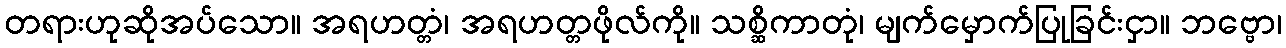
တရားဟုဆိုအပ်သော။ အရဟတ္တံ၊ အရဟတ္တဖိုလ်ကို။ သစ္ဆိကာတုံ၊ မျက်မှောက်ပြုခြင်းငှာ။ ဘဗ္ဗော၊